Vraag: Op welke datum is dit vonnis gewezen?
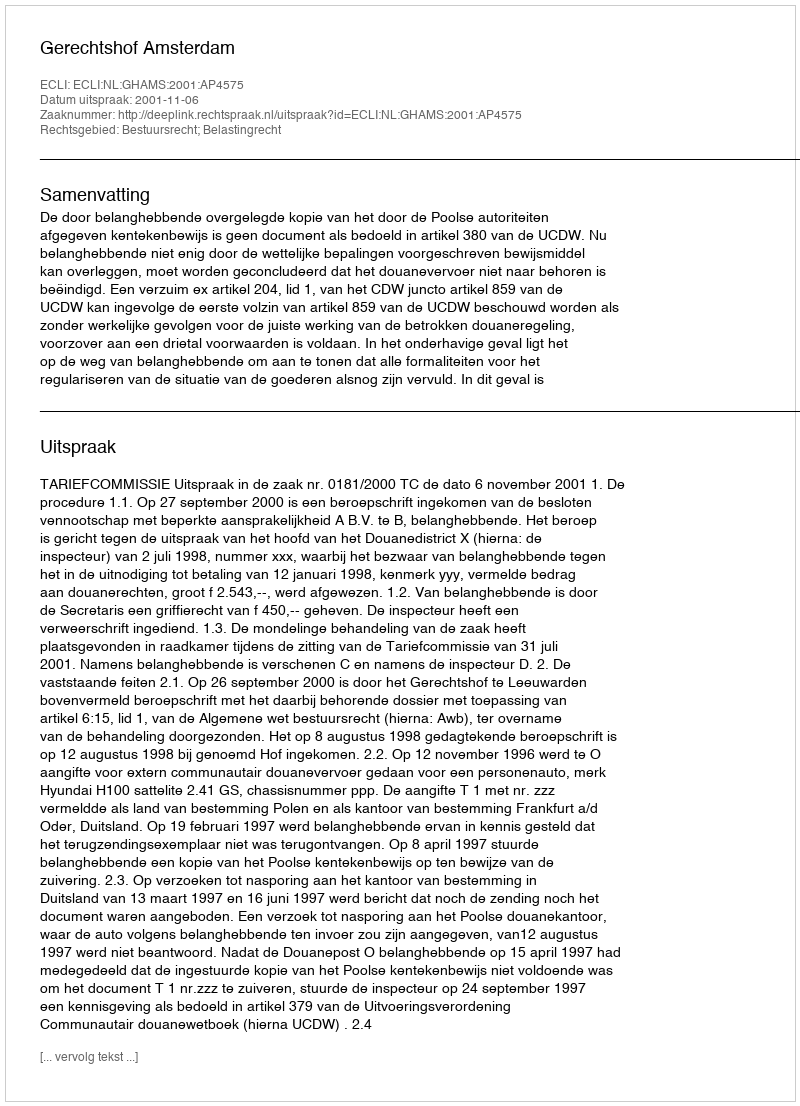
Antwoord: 2001-11-06